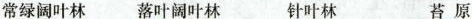
常绿阔叶林 落叶阔叶林 针叶林 苔原